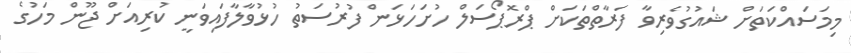
މިމަސައްކަތަށް ޝައުގުވެރިވާ ފަރާތްތަކަށް ޕްރޮޕޯސަލް ހުށަހަޅަން ފުރުސަތު ހުޅުވާލާފައިވަނީ ކުރިއަށް ޖޫން މަހުގެ